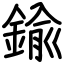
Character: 鍮